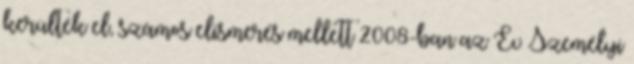
kerülték el, számos elismerés mellett 2008-ban az Év Személyi